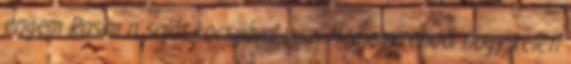
engem Rasim a saját kocsijával visz. Megjegyzendő, hogy keleti